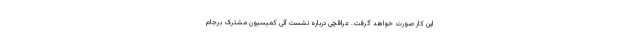
این کار صورت خواهد گرفت. عراقچی درباره نشست آتی کمیسیون مشترک برجام